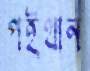
পইথান